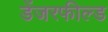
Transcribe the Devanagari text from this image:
डेंजरफील्ड